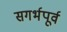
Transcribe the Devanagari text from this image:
सगर्भपूर्व